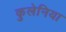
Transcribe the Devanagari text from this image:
कुलेनिया